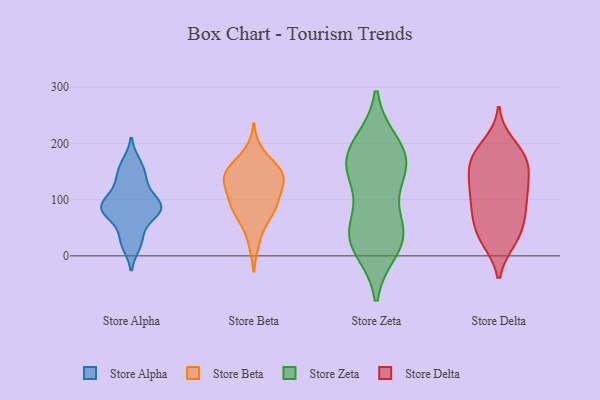
{"axis": {"x": "Bounce Rate (%)", "y": "Value"}, "legend": ["Store Alpha", "Store Beta", "Store Delta", "Store Zeta"], "data": [{"x": "", "y": 76, "type": "Store Alpha"}, {"x": "", "y": 79, "type": "Store Alpha"}, {"x": "", "y": 83, "type": "Store Alpha"}, {"x": "", "y": 84, "type": "Store Alpha"}, {"x": "", "y": 34, "type": "Store Alpha"}, {"x": "", "y": 146, "type": "Store Alpha"}, {"x": "", "y": 92, "type": "Store Alpha"}, {"x": "", "y": 129, "type": "Store Alpha"}, {"x": "", "y": 19, "type": "Store Alpha"}, {"x": "", "y": 104, "type": "Store Alpha"}, {"x": "", "y": 165, "type": "Store Alpha"}, {"x": "", "y": 150, "type": "Store Beta"}, {"x": "", "y": 145, "type": "Store Beta"}, {"x": "", "y": 150, "type": "Store Beta"}, {"x": "", "y": 72, "type": "Store Beta"}, {"x": "", "y": 95, "type": "Store Beta"}, {"x": "", "y": 73, "type": "Store Beta"}, {"x": "", "y": 142, "type": "Store Beta"}, {"x": "", "y": 84, "type": "Store Beta"}, {"x": "", "y": 183, "type": "Store Beta"}, {"x": "", "y": 142, "type": "Store Beta"}, {"x": "", "y": 138, "type": "Store Beta"}, {"x": "", "y": 111, "type": "Store Beta"}, {"x": "", "y": 108, "type": "Store Beta"}, {"x": "", "y": 25, "type": "Store Beta"}, {"x": "", "y": 170, "type": "Store Zeta"}, {"x": "", "y": 157, "type": "Store Zeta"}, {"x": "", "y": 49, "type": "Store Zeta"}, {"x": "", "y": 37, "type": "Store Zeta"}, {"x": "", "y": 140, "type": "Store Zeta"}, {"x": "", "y": 156, "type": "Store Zeta"}, {"x": "", "y": 15, "type": "Store Zeta"}, {"x": "", "y": 37, "type": "Store Zeta"}, {"x": "", "y": 37, "type": "Store Zeta"}, {"x": "", "y": 190, "type": "Store Zeta"}, {"x": "", "y": 198, "type": "Store Zeta"}, {"x": "", "y": 28, "type": "Store Delta"}, {"x": "", "y": 125, "type": "Store Delta"}, {"x": "", "y": 110, "type": "Store Delta"}, {"x": "", "y": 183, "type": "Store Delta"}, {"x": "", "y": 27, "type": "Store Delta"}, {"x": "", "y": 107, "type": "Store Delta"}, {"x": "", "y": 86, "type": "Store Delta"}, {"x": "", "y": 51, "type": "Store Delta"}, {"x": "", "y": 58, "type": "Store Delta"}, {"x": "", "y": 137, "type": "Store Delta"}, {"x": "", "y": 199, "type": "Store Delta"}, {"x": "", "y": 156, "type": "Store Delta"}, {"x": "", "y": 122, "type": "Store Delta"}, {"x": "", "y": 177, "type": "Store Delta"}, {"x": "", "y": 78, "type": "Store Delta"}, {"x": "", "y": 173, "type": "Store Delta"}, {"x": "", "y": 27, "type": "Store Delta"}, {"x": "", "y": 176, "type": "Store Delta"}, {"x": "", "y": 75, "type": "Store Delta"}, {"x": "", "y": 156, "type": "Store Delta"}]}